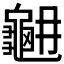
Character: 𪚳